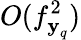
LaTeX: O(f_{\textbf{y}_{q}}^{2})